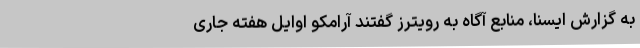
به گزارش ایسنا، منابع آگاه به رویترز گفتند آرامکو اوایل هفته جاری